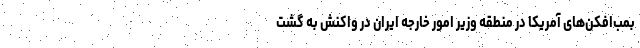
بمب‌افکن‌های آمریکا در منطقه وزیر امور خارجه ایران در واکنش به گشت